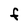
Character: F